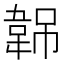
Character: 𬰭